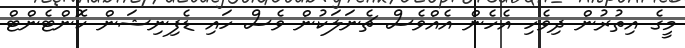
މީގެ އިތުރުން ދިވެހި އެހެން އެއްވެސް ޗެނަލަކުން ވެސް ހައި ޑެފިނިޝަން ކޮންޓެންޓް